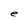
Character: e